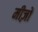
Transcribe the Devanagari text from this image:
मीज़ों